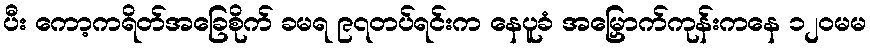
ပီး ကော့ကရိတ်အခြေစိုက် ခမရ ၉၇တပ်ရင်းက နေပူခံ အမြှောက်ကုန်းကနေ ၁၂၀မမ